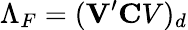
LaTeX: \Lambda_{F}=({\mathbf V}^{\prime}{\mathbf CV})_{d}